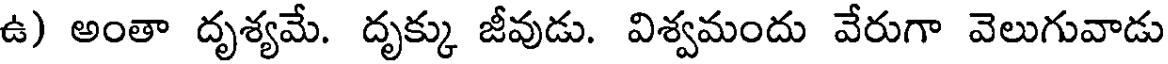
ఉ) అంతా దృశ్యమే. దృక్కు జీవుడు. విశ్వమందు వేరుగా వెలుగువాడు